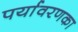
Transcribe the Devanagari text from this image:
पर्यावरणका